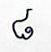
៨